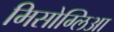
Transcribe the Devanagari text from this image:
मिसोग्लिआ